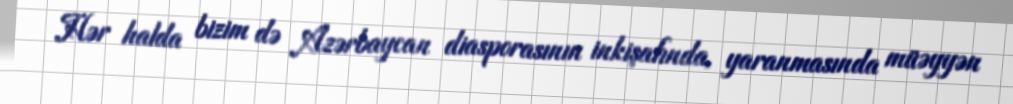
Hər halda bizim də Azərbaycan diasporasının inkişafında, yaranmasında müəyyən